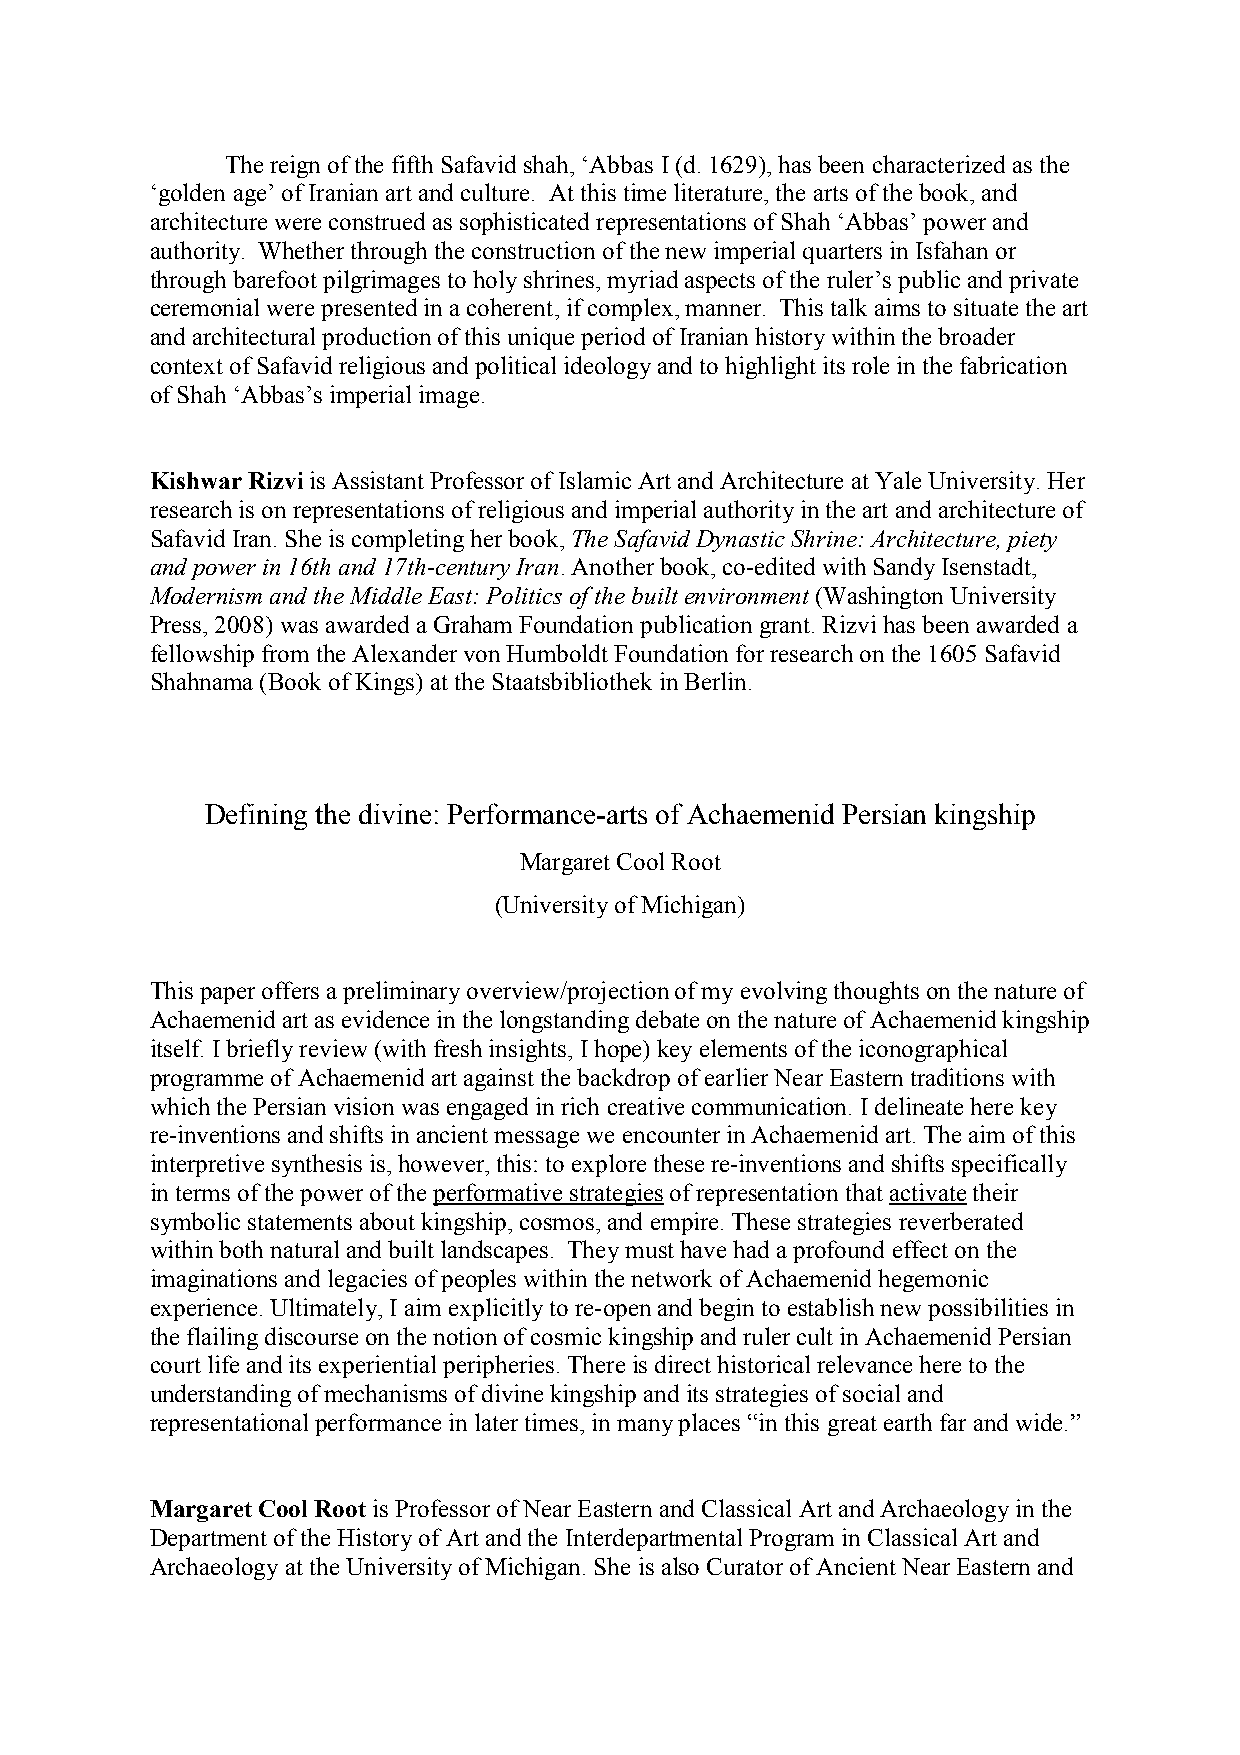
The reign of the fifth Safavid shah, ‘Abbas I (d. 1629), has been characterized as the
 ‘golden age’ of Iranian art and culture. At this time literature, the arts of the book, and
 architecture were construed as sophisticated representations of Shah ‘Abbas’ power and
 authority. Whether through the construction of the new imperial quarters in Isfahan or
 through barefoot pilgrimages to holy shrines, myriad aspects of the ruler’s public and private
 ceremonial were presented in a coherent, if complex, manner. This talk aims to situate the art
 and architectural production of this unique period of Iranian history within the broader
 context of Safavid religious and political ideology and to highlight its role in the fabrication
 of Shah ‘Abbas’s imperial image.
 Kishwar Rizvi is Assistant Professor of Islamic Art and Architecture at Yale University. Her
 research is on representations of religious and imperial authority in the art and architecture of
 Safavid Iran. She is completing her book, The Safavid Dynastic Shrine: Architecture, piety
 and power in 16th and 17th-century Iran. Another book, co-edited with Sandy Isenstadt,
 Modernism and the Middle East: Politics of the built environment (Washington University
 Press, 2008) was awarded a Graham Foundation publication grant. Rizvi has been awarded a
 fellowship from the Alexander von Humboldt Foundation for research on the 1605 Safavid
 Shahnama (Book of Kings) at the Staatsbibliothek in Berlin.
 Defining the divine: Performance-arts of Achaemenid Persian kingship
 Margaret Cool Root
 (University of Michigan)
 This paper offers a preliminary overview/projection of my evolving thoughts on the nature of
 Achaemenid art as evidence in the longstanding debate on the nature of Achaemenid kingship
 itself. I briefly review (with fresh insights, I hope) key elements of the iconographical
 programme of Achaemenid art against the backdrop of earlier Near Eastern traditions with
 which the Persian vision was engaged in rich creative communication. I delineate here key
 re-inventions and shifts in ancient message we encounter in Achaemenid art. The aim of this
 interpretive synthesis is, however, this: to explore these re-inventions and shifts specifically
 in terms of the power of the performative strategies of representation that activate their
 symbolic statements about kingship, cosmos, and empire. These strategies reverberated
 within both natural and built landscapes. They must have had a profound effect on the
 imaginations and legacies of peoples within the network of Achaemenid hegemonic
 experience. Ultimately, I aim explicitly to re-open and begin to establish new possibilities in
 the flailing discourse on the notion of cosmic kingship and ruler cult in Achaemenid Persian
 court life and its experiential peripheries. There is direct historical relevance here to the
 understanding of mechanisms of divine kingship and its strategies of social and
 representational performance in later times, in many places “in this great earth far and wide.”
 Margaret Cool Root is Professor of Near Eastern and Classical Art and Archaeology in the
 Department of the History of Art and the Interdepartmental Program in Classical Art and
 Archaeology at the University of Michigan. She is also Curator of Ancient Near Eastern and